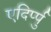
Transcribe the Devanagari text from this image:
एदिर्प्पु